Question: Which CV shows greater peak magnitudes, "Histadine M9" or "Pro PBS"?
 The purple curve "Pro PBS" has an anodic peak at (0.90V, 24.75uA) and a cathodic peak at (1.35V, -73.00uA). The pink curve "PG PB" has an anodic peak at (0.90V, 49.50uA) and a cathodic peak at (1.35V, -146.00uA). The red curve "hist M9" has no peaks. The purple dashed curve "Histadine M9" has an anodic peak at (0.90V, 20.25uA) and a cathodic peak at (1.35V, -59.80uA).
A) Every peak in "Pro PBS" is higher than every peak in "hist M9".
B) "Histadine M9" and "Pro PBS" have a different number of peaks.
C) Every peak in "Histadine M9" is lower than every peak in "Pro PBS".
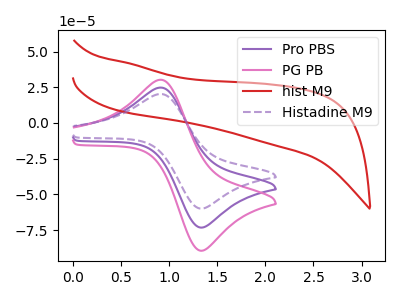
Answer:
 <answer>C) Every peak in "Histadine M9" is lower than every peak in "Pro PBS".</answer>
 <eval>C</eval>